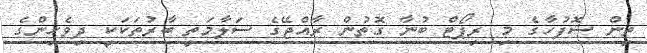
ތިން ސޮފުހާގެ މި ރިޕޯޓް ބުނާ ގޮތުން ރާއްޖޭގެ ސަލާމަތީ ބާރުތަކަކީ ދިވެހިންގެ